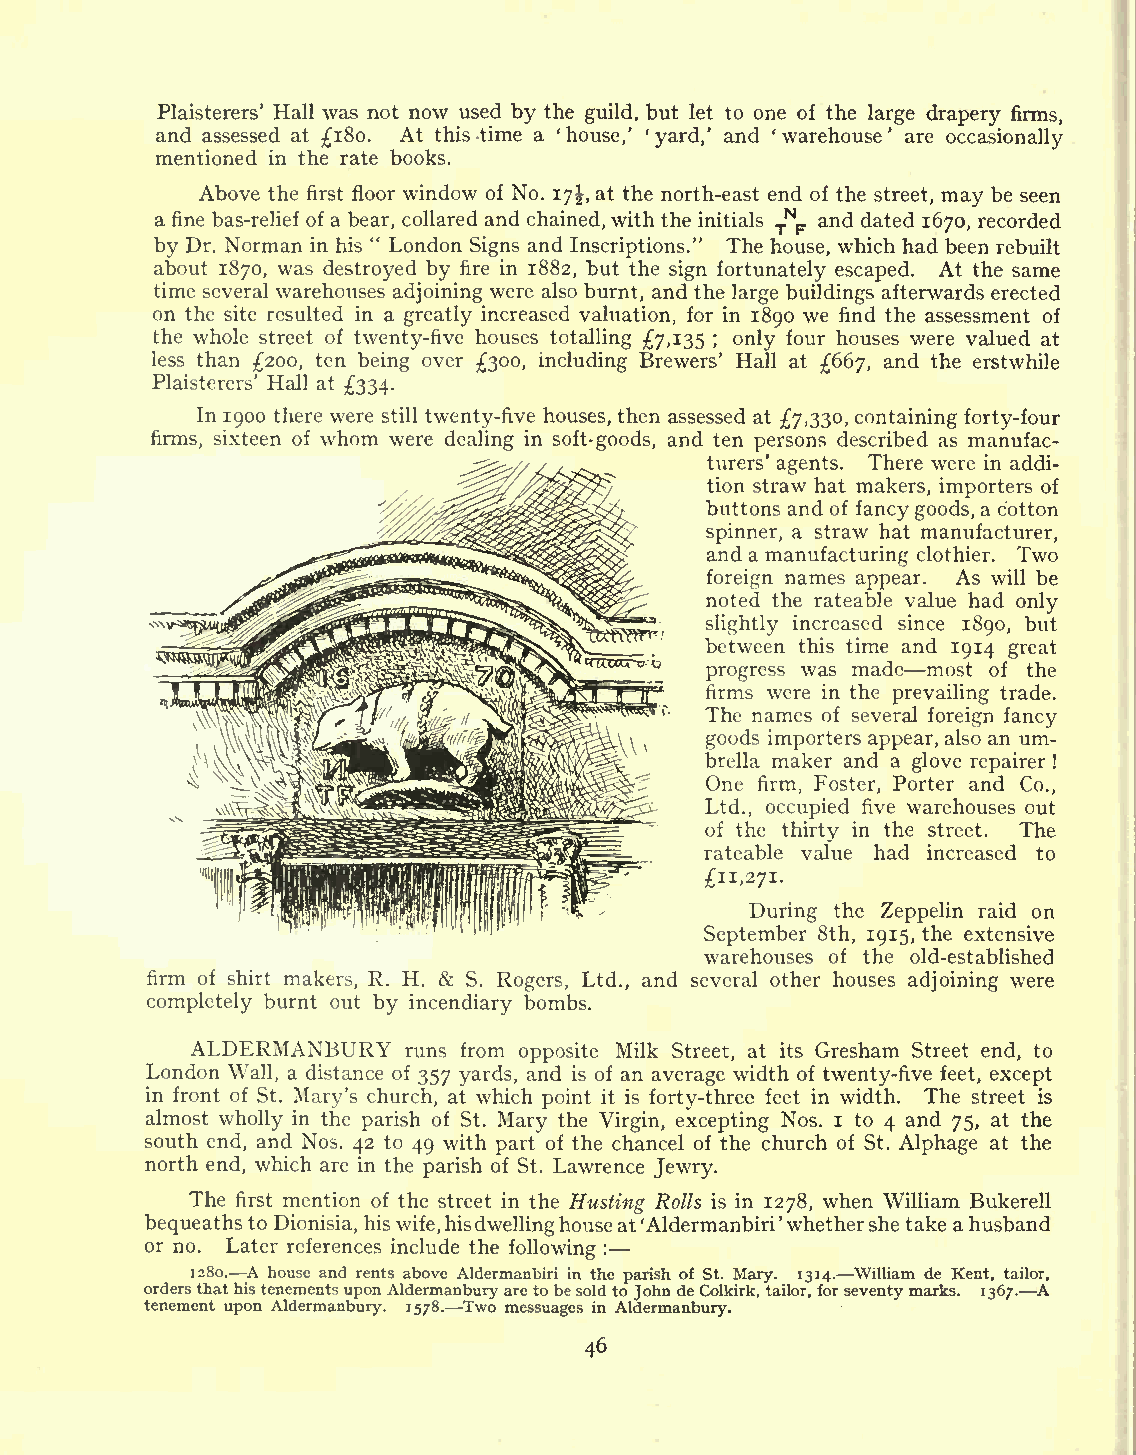
Plaisterers' Hall was not now used by the guild, but let to one of the large drapery firms,
 and assessed at 180. At this -time a 'house,' 'yard,' and 'warehouse' are occasionally
 mentioned in the rate books.
 Above the first floor window of No. 17\, at the north-east end of the street, may be seen
 N
 a fine bas-relief of a bear, collared and chained,with the initials T F and dated 1670, recorded
 by Dr. Norman in his " London Signs and Inscriptions." The house, which had been rebuilt
 about 1870, was destroyed by fire in 1882, but the sign fortunately escaped. At the same
 time several warehouses adjoining were also burnt, and the large buildings afterwards erected
 on the site resulted in a greatly increased valuation, for in 1890 we find the assessment of
 the whole street of twenty-five houses totalling 7,135 ; only four houses were valued at
 less than 200, ten being over 300, including Brewers' Hall at 667, and the erstwhile
 Plaisterers' Hall at 334.
 In 1900 there were still twenty-five houses, then assessed at 7,330, containing forty-four
 firms, sixteen of whom were dealing in soft-goods, and ten persons described as manufac-
 turers' agents. There were in addi-
 tion straw hat makers, importers of
 buttons and of fancygoods, a cotton
 spinner, a straw hat manufacturer,
 and a manufacturing clothier. Two
 foreign names appear. As will be
 noted the rateable value had only
 slightly increased since 1890, but
 between this time and 1914 great
 progress was made most of the
 firms were in the prevailing trade.
 The names of several foreign fancy
 goods importers appear, also an um-
 brella maker and a glove repairer !
 One firm, Foster, Porter and Co.,
 Ltd., occupied five warehouses out
 of the thirty in the street. The
 rateable value had increased to
 11,271.
 During the Zeppelin raid on
 September 8th, 1915, the extensive
 warehouses of the old-established
 firm of shirt makers, R. H. & S. Rogers, Ltd., and several other houses adjoining were
 completely burnt out by incendiary bombs.
 ALDERMANBURY
 runs from opposite Milk Street, at its Gresham Street end, to
 London Wall, a distance of 357 yards, and is of an average width of twenty-five feet, except
 in front of St. Mary's church, at which point it is forty-three feet in width. The street is
 almost wholly in the parish of St. Mary the Virgin, excepting Nos. i to 4 and 75, at the
 south end, and Nos. 42 to 49 with part of the chancel of the church of St. Alphage at the
 north end, which are in the parish of St. Lawrence Jewry.
 The first mention of the street in the Rusting, Rolls is in 1278, when William Bukerell
 bequeathsto Dionisia, hiswife,hisdwellinghouseat'Aldermanbiri'whethershe take ahusband
 or no. Later references include the following :
 1280. A house and rents above Aldermanbiri in the parish of St. Mary. 1314. William de Kent, tailor,
 ordersthathistenementsuponAldermanburyaretobesoldto JohndeColkirk, tailor, forseventymarks. 1367. A
 tenement upon Aldermanbury. 1578. Two messuages in Aldermanbury.
 46